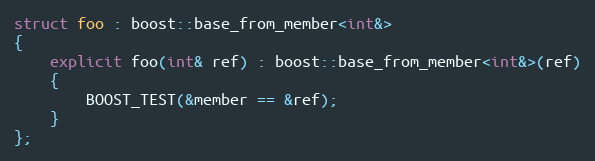
Language: C++
struct foo : boost::base_from_member<int&>
{
    explicit foo(int& ref) : boost::base_from_member<int&>(ref)
    {
        BOOST_TEST(&member == &ref);
    }
};